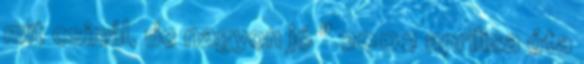
mit csinál, de nagyon jó " 2002 aprilisa óta